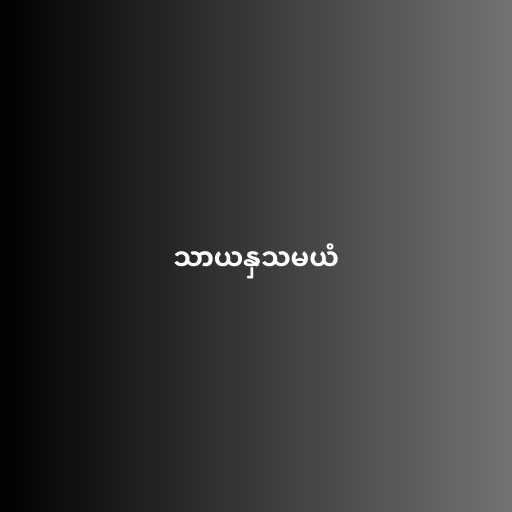
သာယနှသမယံ